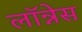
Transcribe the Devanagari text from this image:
लॉन्नेस